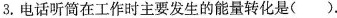
3.电话听筒在工作时主要发生的能量转化是( ).